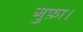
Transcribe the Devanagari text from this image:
गुफ़ा।